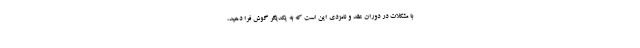
با مشکلات در دوران عقد و نامزدی این است که به یکدیگر گوش فرا دهید،